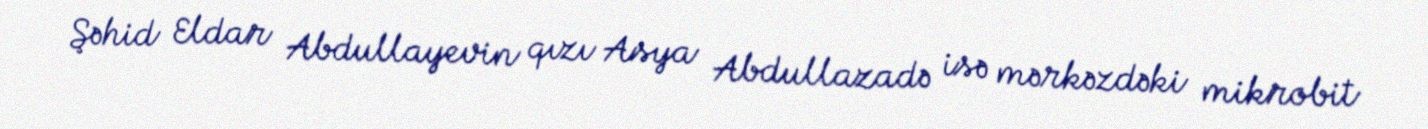
Şəhid Eldar Abdullayevin qızı Asya Abdullazadə isə mərkəzdəki mikrobit